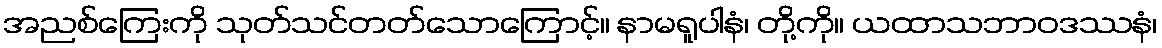
အညစ်ကြေးကို သုတ်သင်တတ်သောကြောင့်။ နာမရူပါနံ၊ တို့ကို။ ယထာသဘာဝဒဿနံ၊